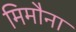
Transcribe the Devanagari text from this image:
मिमौना